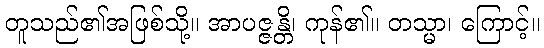
တူသည်၏အဖြစ်သို့။ အာပဇ္ဇန္တိ၊ ကုန်၏။ တသ္မာ၊ ကြောင့်။